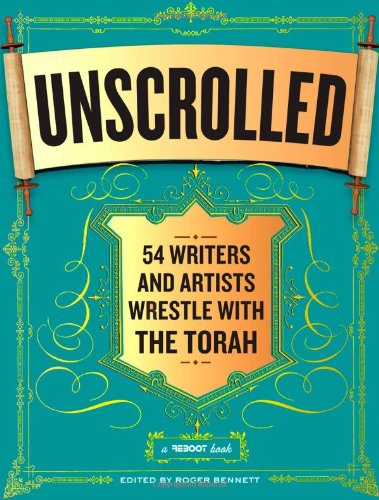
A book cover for Unscrolled: 54 Writers and Artists Wrestle with the Torah; Literature & Fiction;